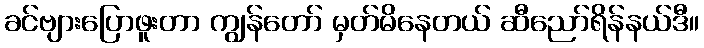
ခင်ဗျားပြောဖူးတာ ကျွန်တော် မှတ်မိနေတယ် ဆီညော်ရိန်နယ်ဒီ။